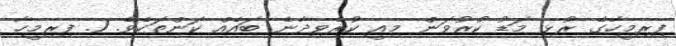
ފިރިމީހާގެ ރުޅި މަޑު ކުރުވަން މިއީ ކުރެވިދާނެ ބައެއް ކަންތަކެވެ. 1. ފިރިމީހާ